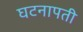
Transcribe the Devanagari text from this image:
घटनापती